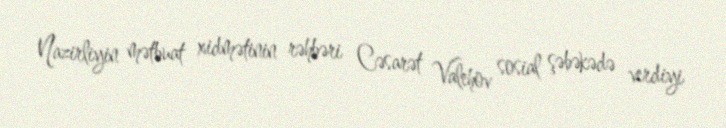
Nazirliyin mətbuat xidmətinin rəhbəri Cəsarət Valehov sosial şəbəkədə verdiyi